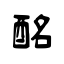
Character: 酩